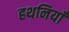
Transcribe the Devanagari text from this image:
हथनियाँ